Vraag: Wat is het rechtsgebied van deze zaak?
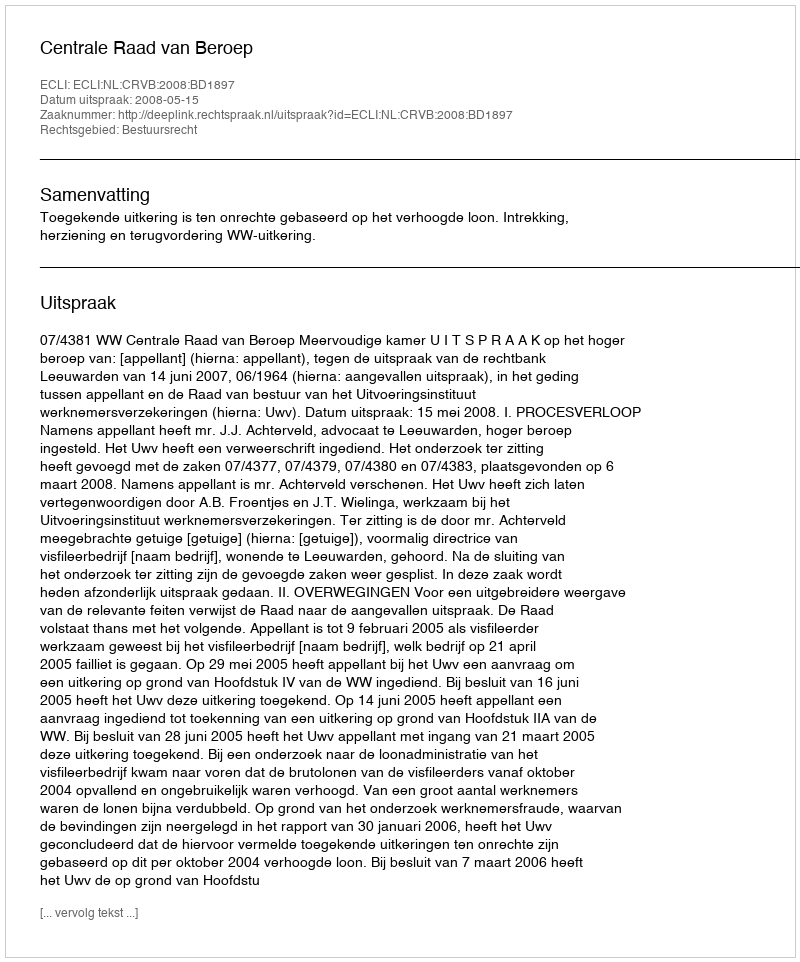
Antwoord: Bestuursrecht